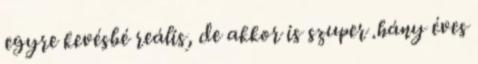
egyre kevésbé reális, de akkor is szuper .hány éves